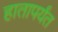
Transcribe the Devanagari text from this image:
हातापर्यंत